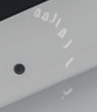
بالقائمة